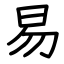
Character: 易